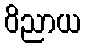
ဝိညာယ